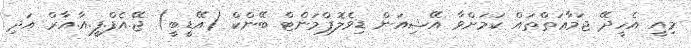
މިއީ އެހީދޭ ޖަމާޢަތްތައް ކަމަށްވާ އޭޝިއަން ޑިވެލޮޕްމަންޓް ބޭންކް (އޭޑީބީ) ޖޭ.އެފް.ފީ.އާ.އާރް އަދި